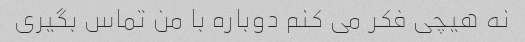
نه هیچی فکر می کنم دوباره با من تماس بگیری